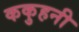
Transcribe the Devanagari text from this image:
ककुहनी